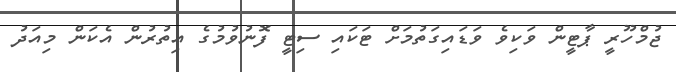
ޖުމްހޫރީ ޕާޓީން ވަކިވެ ވަޑައިގަތުމަށް ޓަކައި ސިޓީ ފޮނުވުމުގެ އިތުރުން އެކަން މިއަދު